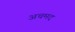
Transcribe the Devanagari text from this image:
अचमद